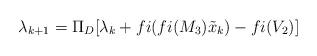
LaTeX: \begin{align*}\lambda_{k+1} = \Pi_{D}[\lambda_k + fi(fi(M_3)\tilde{x}_k) - fi(V_2)]\end{align*}